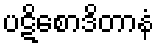
ပဋိစောဒိတာနံ